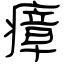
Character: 瘴